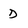
Character: d